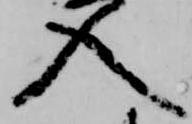
入